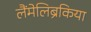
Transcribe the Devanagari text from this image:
लैंमेलिब्रैंकिया